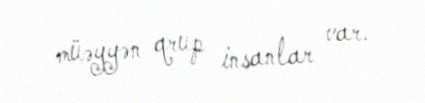
müəyyən qrup insanlar var.